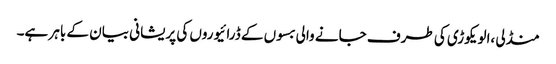
منڈلی ،الویکوڑی کی طرف جانے والی بسوں کے ڈرائیوروں کی پریشانی بیان کے باہر ہے۔